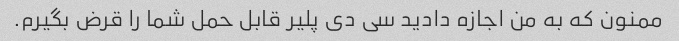
ممنون که به من اجازه دادید سی دی پلیر قابل حمل شما را قرض بگیرم.